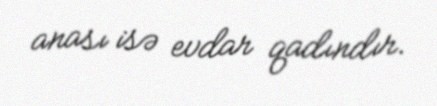
anası isə evdar qadındır.